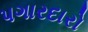
પગારદારો